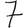
Digit: 7